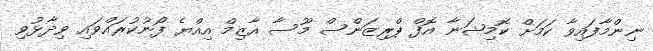
ނިންމާފައިވާ ކަމަށް ކޮމިޝަނާ އޮފް ޕްރިޒަންސް މޫސާ އާޒިމް އިއްޔެ ފޯނުކުރައްވައި ވިދާޅުވި